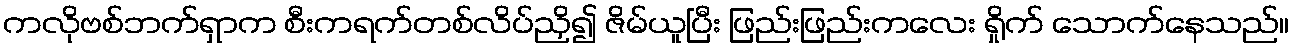
ကလိုဗစ်ဘက်ရှာက စီးကရက်တစ်လိပ်ညှိ၍ ဇိမ်ယူပြီး ဖြည်းဖြည်းကလေး ရှိုက် သောက်နေသည်။